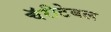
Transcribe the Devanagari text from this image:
चॅरीटेबल